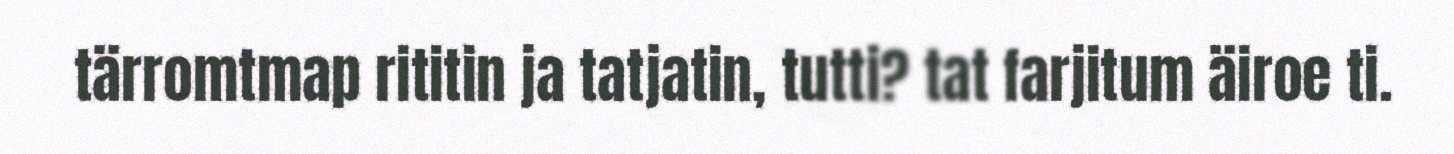
tärromtmap rititin ja tatjatin, tutti? tat farjitum äiroe ti.